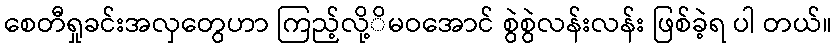
စေတီရှုခင်းအလှတွေဟာ ကြည့်လို့ိမဝအောင် စွဲစွဲလန်းလန်း ဖြစ်ခဲ့ရ ပါ တယ်။